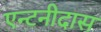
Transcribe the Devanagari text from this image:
एन्टनीदास